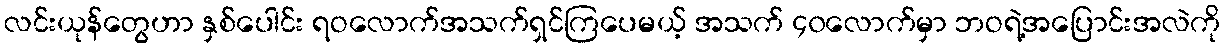
လင်းယုန်တွေဟာ နှစ်ပေါင်း ရဝလောက်အသက်ရှင်ကြပေမယ့် အသက် ၄၀လောက်မှာ ဘဝရဲ့အပြောင်းအလဲကို